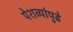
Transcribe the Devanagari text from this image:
पेशव्यांपुढे